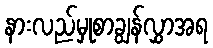
နားလည်မှုစာချွန်လွှာအရ